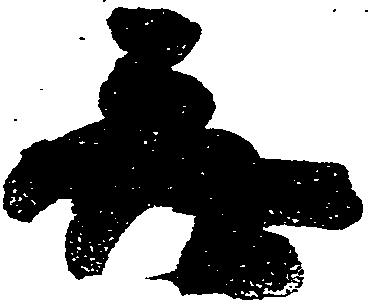
無